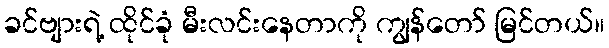
ခင်ဗျားရဲ့ ထိုင်ခုံ မီးလင်းနေတာကို ကျွန်တော် မြင်တယ်။